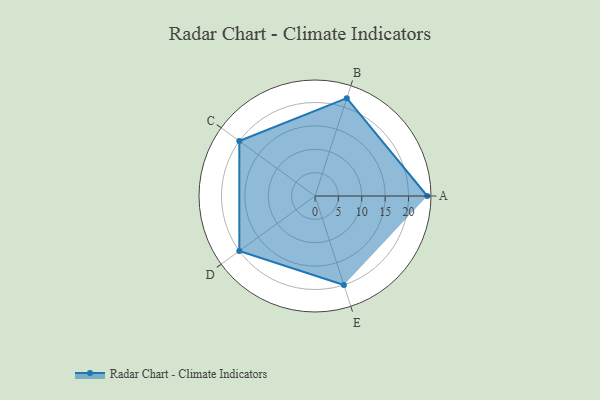
{"axis": {"x": "Skill", "y": "Score"}, "legend": ["Profile"], "data": [{"x": "A", "y": 24.0, "type": "Profile"}, {"x": "B", "y": 22.0, "type": "Profile"}, {"x": "C", "y": 20, "type": "Profile"}, {"x": "D", "y": 20, "type": "Profile"}, {"x": "E", "y": 20, "type": "Profile"}]}